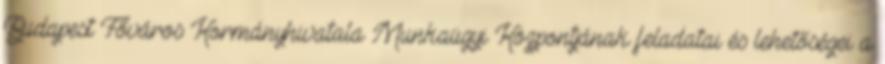
Budapest Főváros Kormányhivatala Munkaügyi Központjának feladatai és lehetőségei a